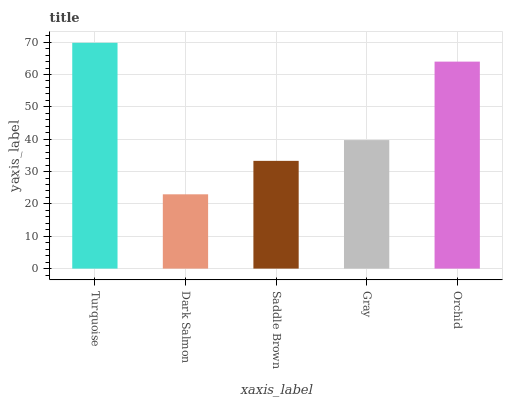
| xaxis_label | bars |
 | --- | --- |
 | Turquoise | 69.8 |
 | Dark Salmon | 23 |
 | Saddle Brown | 33.3 |
 | Gray | 39.7 |
 | Orchid | 64 |